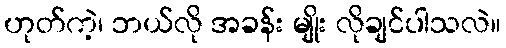
ဟုတ်ကဲ့၊ ဘယ်လို အခန်း မျိုး လိုချင်ပါသလဲ။